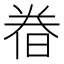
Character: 𣇃